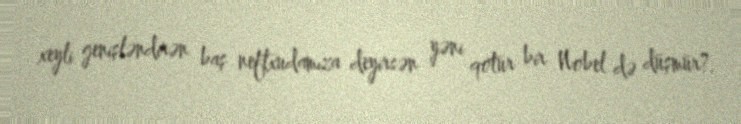
xeyli genişləndirən baş neftxudamıza deyirsən yəni qotur bir Nobel də düşmür?.